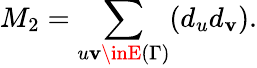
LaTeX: M_{2}=\sum_{u\mathbf{v}\inE{(\Gamma)}}(d_{u}d_{\mathbf{v}}).